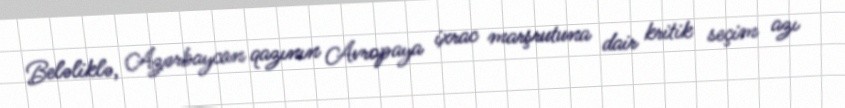
Beləliklə, Azərbaycan qazının Avropaya ixrac marşrutuna dair kritik seçim azı